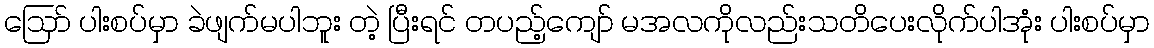
ဪ ပါးစပ်မှာ ခဲဖျက်မပါဘူး တဲ့ ပြီးရင် တပည့်ကျော် မအလကိုလည်းသတိပေးလိုက်ပါအုံး ပါးစပ်မှာ